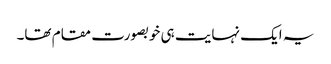
یہ ایک نہایت ہی خوبصورت مقام تھا۔